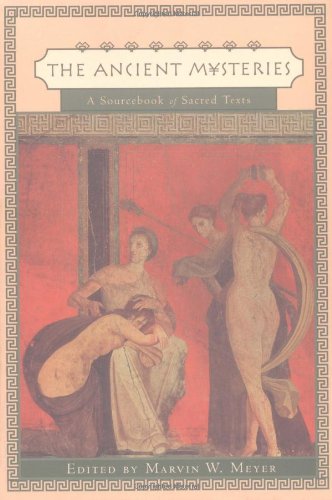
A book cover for The Ancient Mysteries: A Sourcebook of Sacred Texts; Religion & Spirituality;